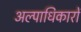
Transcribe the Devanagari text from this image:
अल्पाधिकारों